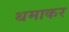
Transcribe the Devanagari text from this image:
थमाकर